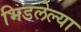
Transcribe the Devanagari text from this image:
भिडलेल्या